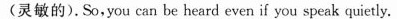
(灵敏的).So,you can be heard even if you speak quietly.